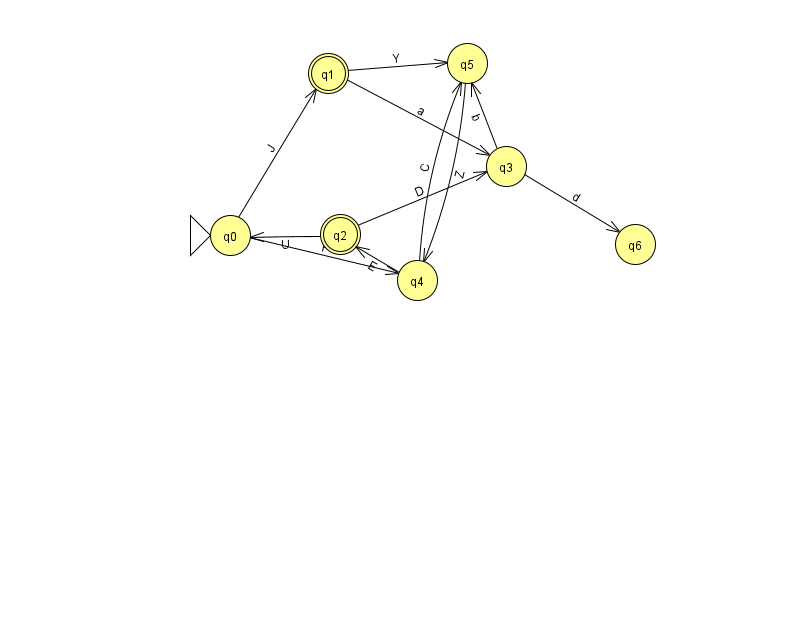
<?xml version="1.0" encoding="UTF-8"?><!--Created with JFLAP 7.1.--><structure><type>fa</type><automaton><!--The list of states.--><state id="0" name="q0"><x>230.0</x><y>222.0</y><initial/></state><state id="1" name="q1"><x>328.0</x><y>60.0</y><final/></state><state id="2" name="q2"><x>340.0</x><y>221.0</y><final/></state><state id="3" name="q3"><x>506.0</x><y>153.0</y></state><state id="4" name="q4"><x>417.0</x><y>267.0</y></state><state id="5" name="q5"><x>467.0</x><y>50.0</y></state><state id="6" name="q6"><x>635.0</x><y>231.0</y></state><!--The list of transitions.--><transition><from>2</from><to>3</to><read>D</read></transition><transition><from>0</from><to>1</to><read>J</read></transition><transition><from>5</from><to>4</to><read>Z</read></transition><transition><from>2</from><to>0</to><read>U</read></transition><transition><from>1</from><to>5</to><read>Y</read></transition><transition><from>3</from><to>5</to><read>b</read></transition><transition><from>3</from><to>6</to><read>d</read></transition><transition><from>4</from><to>2</to><read>E</read></transition><transition><from>1</from><to>3</to><read>a</read></transition><transition><from>4</from><to>5</to><read>C</read></transition><transition><from>0</from><to>4</to><read>P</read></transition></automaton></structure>